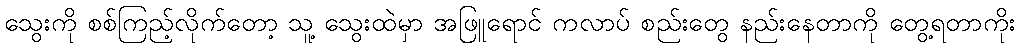
သွေးကို စစ်ကြည့်လိုက်တော့ သူ့ သွေးထဲမှာ အဖြူရောင် ကလာပ် စည်းတွေ နည်းနေတာကို တွေ့ရတာကိုး